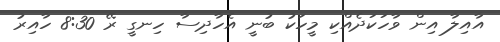
އާއިލާ އިން ވާހަކަދެއްކި މީހަކު ބުނީ އެހާދިސާ ހިނގީ ރޭ 8:30 ހާއިރު